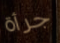
جرأة